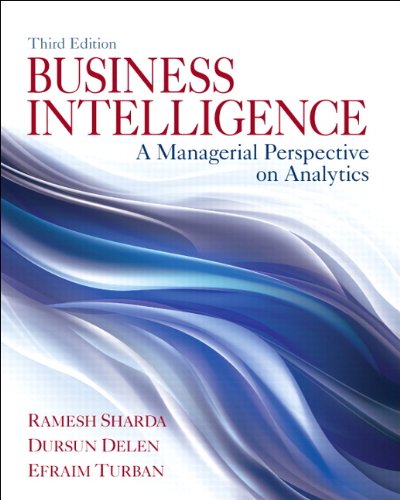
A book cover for Business Intelligence: A Managerial Perspective on Analytics (3rd Edition); Ramesh Sharda; Business & Money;